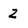
Character: 2